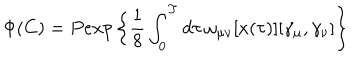
LaTeX: \Phi ( C ) = P e x p \left\{ \frac { 1 } { 8 } \int _ { 0 } ^ { T } d \tau \, \omega _ { \mu \nu } [ x ( \tau ) ] [ \gamma _ { \mu } , \gamma _ { \nu } ] \right\}